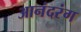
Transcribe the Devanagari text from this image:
आनंदरंग